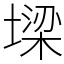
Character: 墚